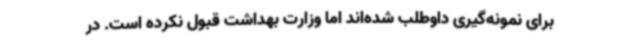
برای نمونه‌گیری داوطلب شده‌اند اما وزارت بهداشت قبول نکرده است. در